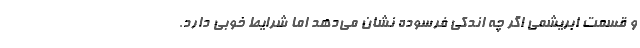
و قسمت ابریشمی اگر چه اندکی فرسوده نشان می‌دهد اما شرایط خوبی دارد.